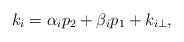
\begin{align*}k_i = \alpha_i p_2 + \beta_i p_1 + k_{i\perp},\end{align*}